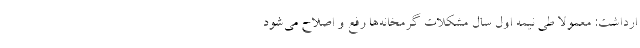
ارداشت: معمولا طی نیمه اول سال مشکلات گرمخانه‌ها رفع و اصلاح می‌شود